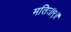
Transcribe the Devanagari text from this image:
मतिः॥९॥